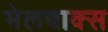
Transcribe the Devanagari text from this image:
मेलबाक्स